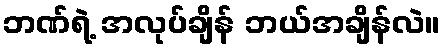
ဘဏ်ရဲ့ အလုပ်ချိန် ဘယ်အချိန်လဲ။